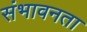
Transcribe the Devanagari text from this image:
संभावनता